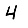
Digit: 4